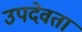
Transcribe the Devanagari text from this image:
उपदेवता